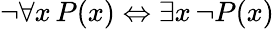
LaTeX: \lnot\forall x\, P(x)\Leftrightarrow\exists x\, \lnot P(x)